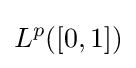
L^{p}([0,1])